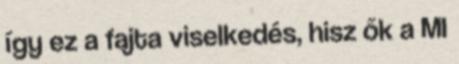
így ez a fajta viselkedés, hisz ők a MI